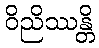
ဝိညိဿန္တိ